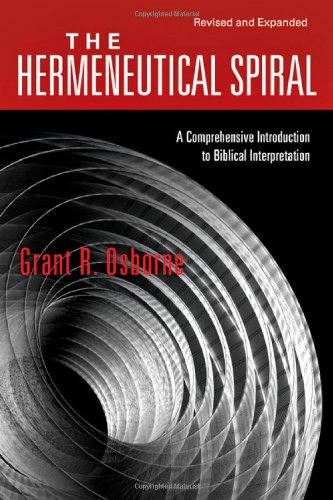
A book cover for The Hermeneutical Spiral: A Comprehensive Introduction to Biblical Interpretation; Grant R. Osborne; Christian Books & Bibles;